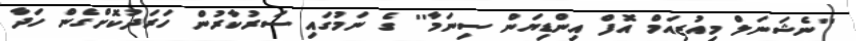
''ނެޝަނަލް މިއުޒިއަމް އޮފް އިންޑިޔަން ސިނަމާ'' ގެ ނަމުގައި ސަރުކާރުން ހަރަދުކޮށްގެން ހަދާ